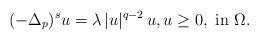
LaTeX: \begin{align*}(-\Delta_p)^s u=\lambda\, |u|^{q-2}\, u,u\ge 0,\mbox{ in }\Omega.\end{align*}